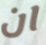
ان